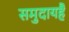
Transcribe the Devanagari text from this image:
समुदायहै